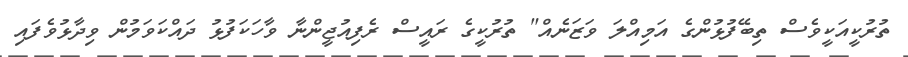
ތުރުކީއަކީވެސް ތިބޭފުޅުންގެ އަމިއްލަ ވަޒަނެއް" ތުރުކީގެ ރައީސް ރެފިއުޖީންނާ ވާހަކަފުޅު ދައްކަވަމުން ވިދާޅުވެފައި